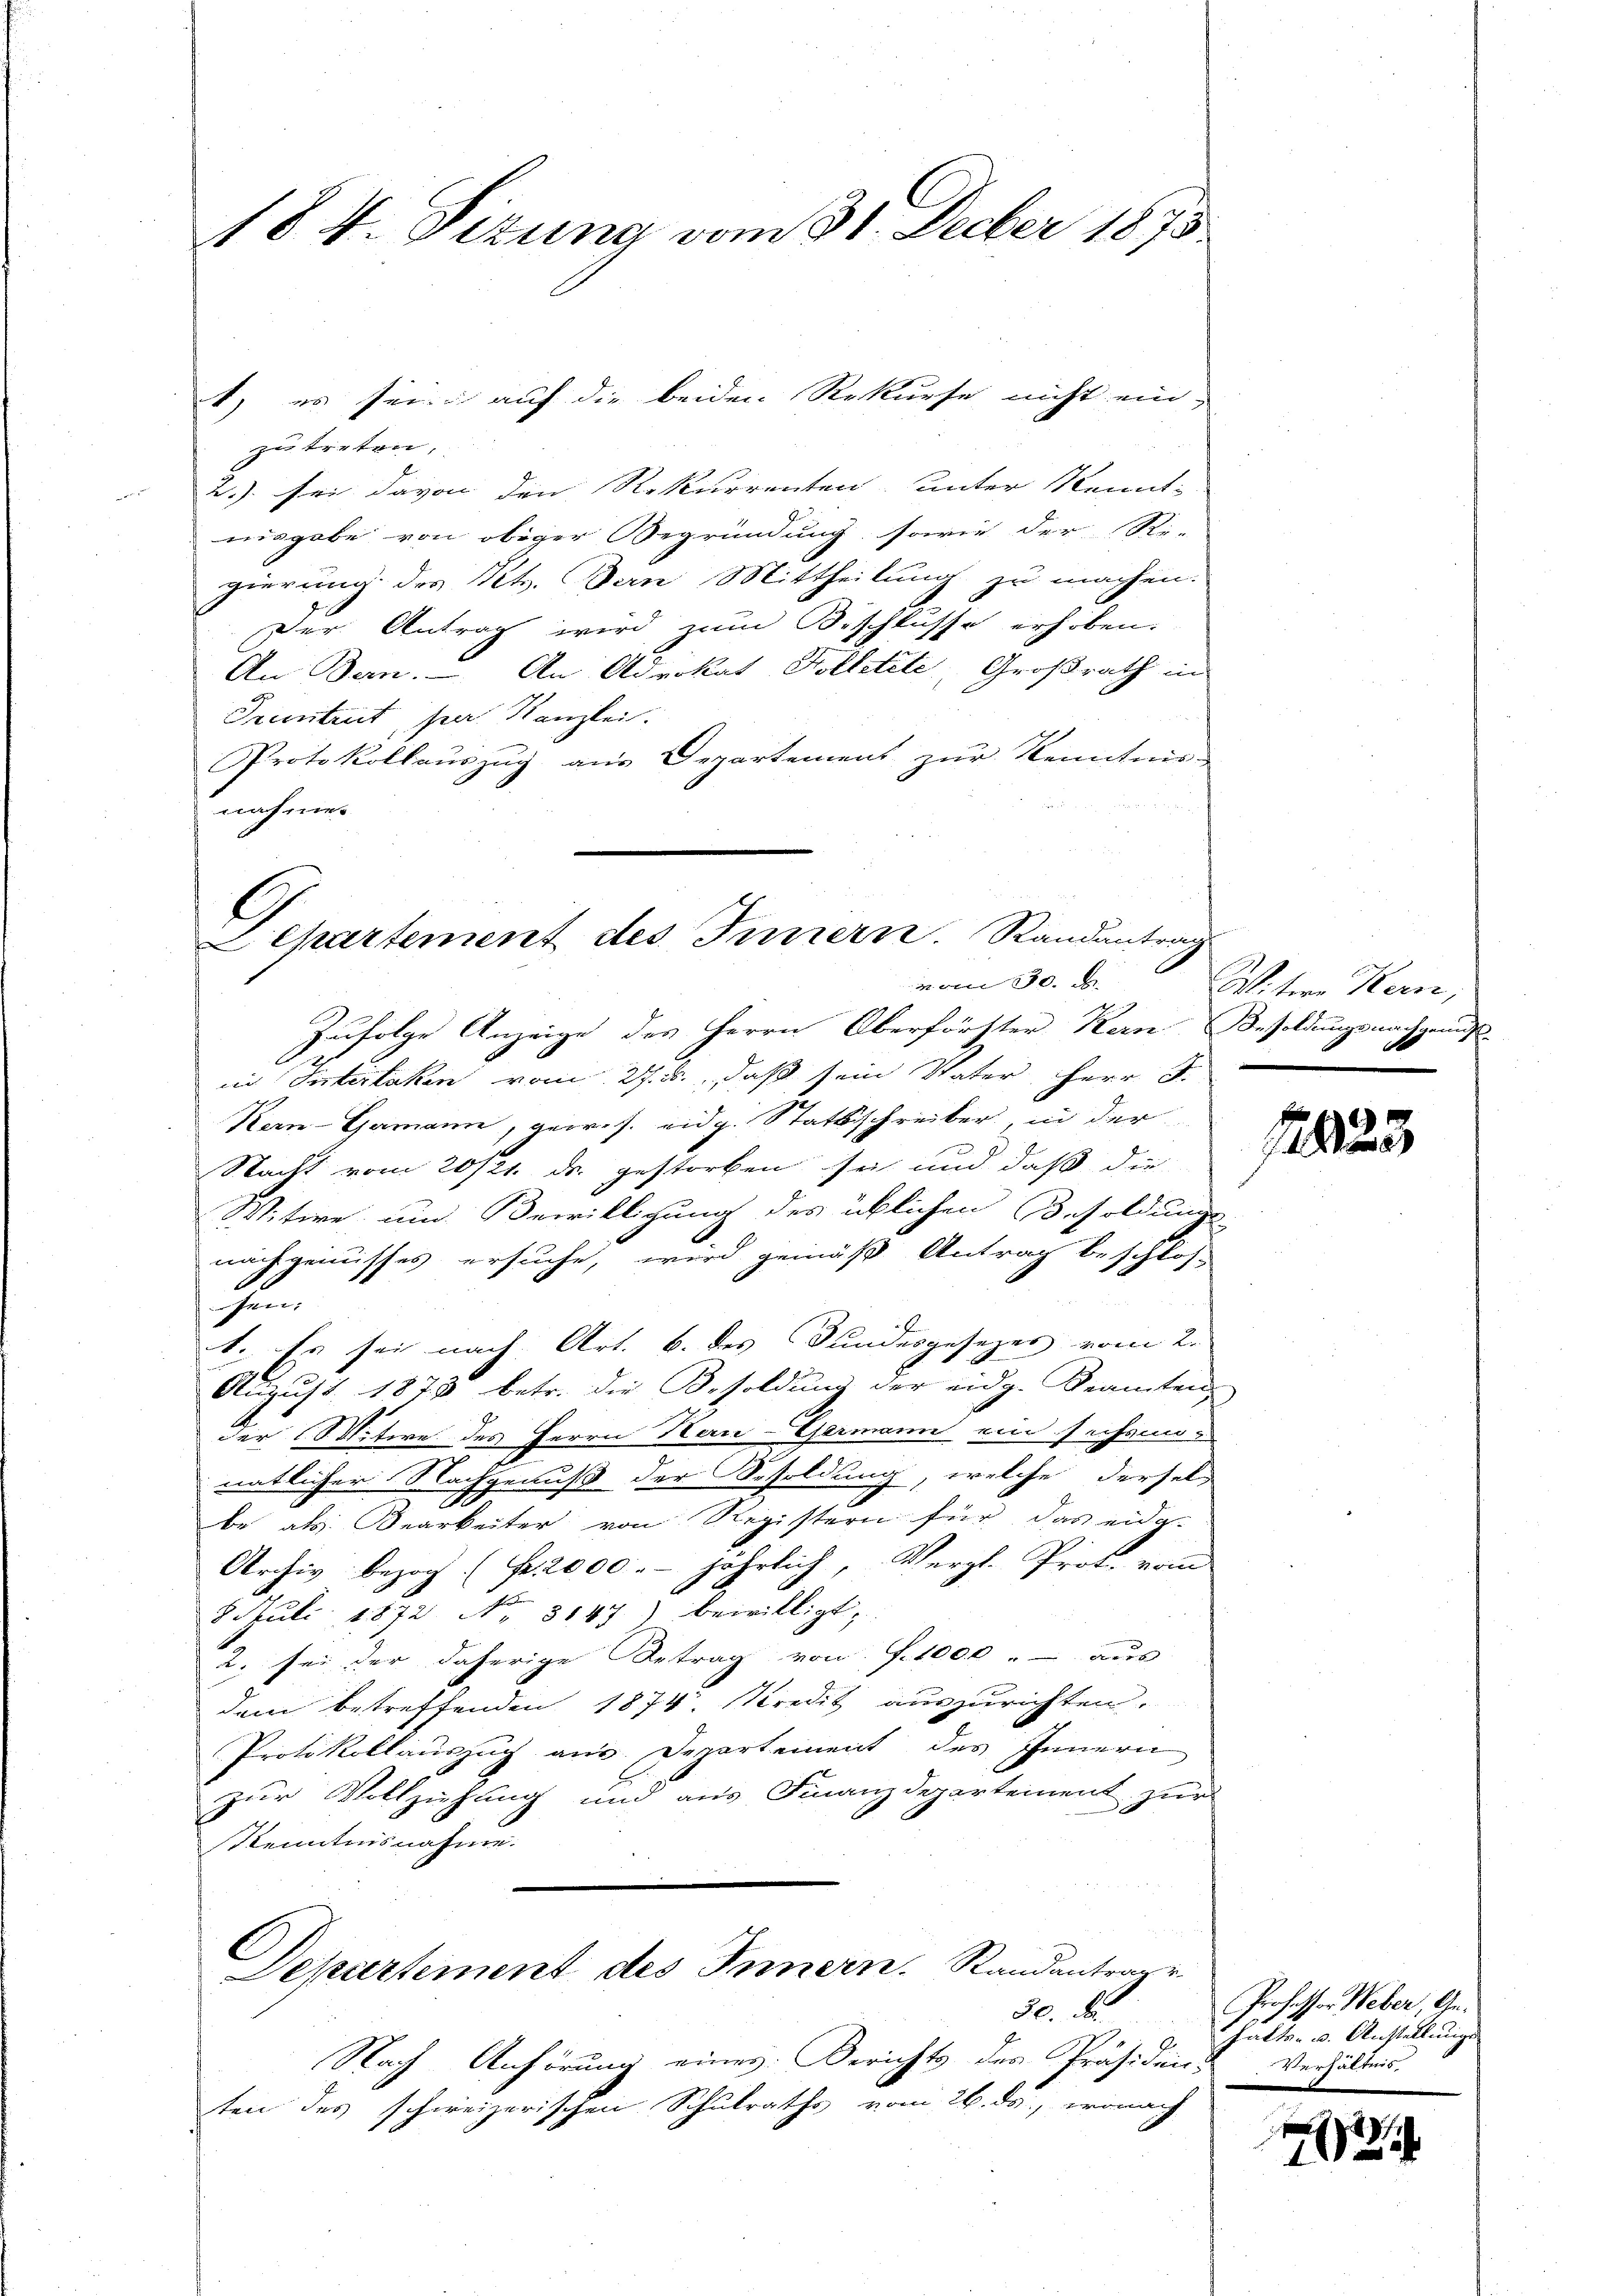
184. Sizung vom 31. Decber 1875

zu treten.
2.) sei davon den Rekurrenten unter Kennt- |
nisgabe von obiger Begründung sowie der Re-
gierung des Kts. Den Mittheilung zu machen.
Der Antrag wird zum Beschlusse erhoben.
An Dein. — An Advokat Kolletete, Großrath in
Pruntrut, par Kanzlei.
Protokollauszug aus Departement zur Kenntnis-
nahmen

1) es sei auf die beiden Rekurse nicht ein-

i
Lepartement des Innern. Randantrag
vom 10.

Zufolge Anzeige des Herrn Oberförster Kern Besoldungsnachgenuss-
in Interlaken vom 27. B., daß sein Vater, Herr J.
Rorn-Gamann, gewes. eidg. Statsschreiber, in der
Nackt vom 20/21. ds. gestorben sei, und daß die
Witwe und Bewilligung des üblichen Besoldungs-
nachgenusses ersuche, wird gemäß Antrag beschlos-
sen:
1. Es sei nach Art. 6. des Bundesgesezes vom 2.
Aŭgŭst 1873 betr. die Besoldŭng der eidg. Beamten
der Witwe des Herrn Kan-Germann ein sechsennatlicher Nachgenuß der Sesoldung, welche dersel-
be als Bearbeiter von Registern für das eida-
Archiv bezog (Fr. 2000. jährlich, Vergl. Prof. vom
8. Juli 1872 No 8147) bewilligt,
2. sei der daherige Betrag von f. 1000 " - aus
dem betreffenden 1874. Kredit auszurichten.
Protokollauszug aus Departement des Innern
zur Vollziehung und aus Finanzdepartement zur
Kenntnisnahmen.
C
Departement des Innern. Randantrage
30. A
Nach Anhörung eines Berichts des Präsiden Verhältnis.
ten des schweizerischen Schulraths vom 26. ds., wonach

Witwe Kern,

1823

Professor Weber, Gehalten u. Anstellunge

274
1